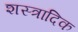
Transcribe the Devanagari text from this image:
शस्त्रादिक